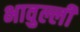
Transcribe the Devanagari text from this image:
भावुल्ली